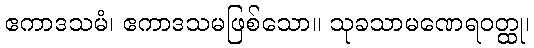
ဧကာဒသမံ၊ ဧကာဒသမဖြစ်သော။ သုခသာမဏေရဝတ္ထု၊